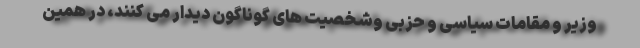
وزیر و مقامات سیاسی و حزبی وشخصیت های گوناگون دیدار می کنند، در همین